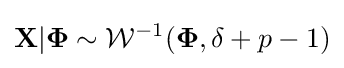
{\mathbf {X} }|\mathbf {\Phi } \sim {\mathcal {W}}^{-1}({\mathbf {\Phi } },\delta +p-1)